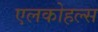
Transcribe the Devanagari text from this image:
एलकोहल्स